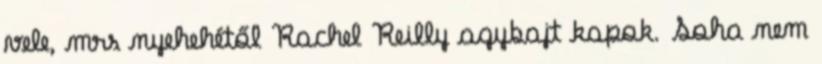
vele, mrs nyehehétől Rachel Reilly agybajt kapok. Soha nem